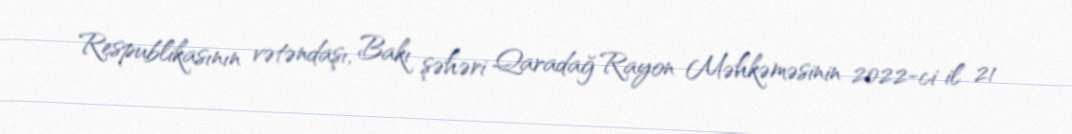
Respublikasının vətəndaşı, Bakı şəhəri Qaradağ Rayon Məhkəməsinin 2022-ci il 21